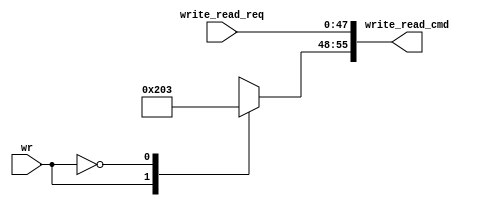
module Encoder (
    input  wire   [47:0]  write_read_req,
    input  wire           wr,
    output wire   [55:0]  write_read_cmd
);

reg [7:0] head;

always @(*)
 begin
    case (wr)
        1'b1: begin
            head = 8'H02;
        end
        1'b0: begin
            head = 8'H03;
        end
        default:head = 8'b0; 
    endcase    
end

assign write_read_cmd = {head,write_read_req};

endmodule